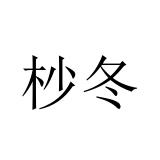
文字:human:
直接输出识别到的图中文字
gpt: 杪冬